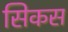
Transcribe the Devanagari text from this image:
सिकस